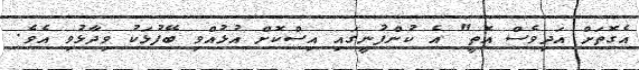
އެގޮތަށް އަދިވެސް އޮތީ" އެ ކުންފުނީގައި އިސްކޮށް އުޅުއްވި ބޭފުޅަކު ވިދާޅުވި އެވެ.